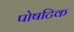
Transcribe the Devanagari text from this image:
पोषटिक